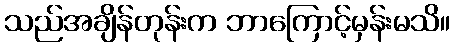
သည်အချိန်တုန်းက ဘာကြောင့်မှန်းမသိ။